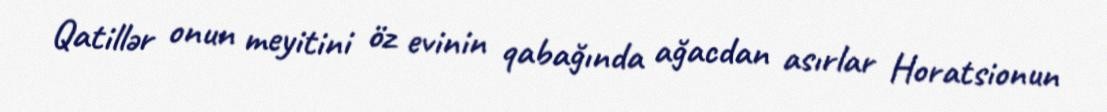
Qatillər onun meyitini öz evinin qabağında ağacdan asırlar Horatsionun